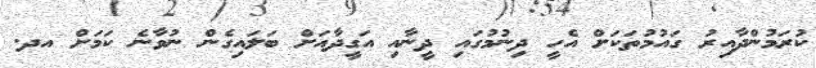
ކުރަމުންދާއިރު ގައުމުތަކަށް އެހީ ދިނުމުގައި ދީނާއި އަގީދާއަށް ބަލައިގެން ނުވާނެ ކަމަށް އދ.